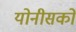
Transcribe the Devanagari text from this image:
योनीसको